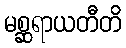
မစ္ဆရာယတီတိ